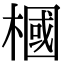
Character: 槶